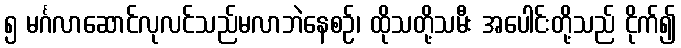
၅ မင်္ဂလာဆောင်လုလင်သည်မလာဘဲနေစဉ်၊ ထိုသတို့သမီး အပေါင်းတို့သည် ငိုက်၍